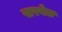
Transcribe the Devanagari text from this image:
खरवेल